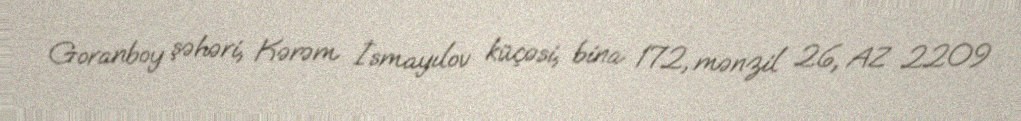
Goranboy şəhəri, Kərəm İsmayılov küçəsi, bina 172, mənzil 26, AZ 2209